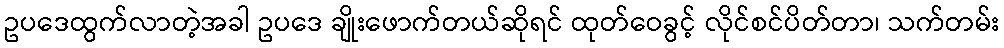
ဥပဒေထွက်လာတဲ့အခါ ဥပဒေ ချိုးဖောက်တယ်ဆိုရင် ထုတ်ဝေခွင့် လိုင်စင်ပိတ်တာ၊ သက်တမ်း